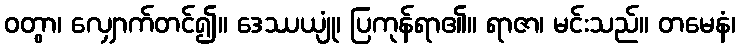
ဝတွာ၊ လျှောက်တင်၍။ ဒေဿယျုံ၊ ပြကုန်ရာ၏။ ရာဇာ၊ မင်းသည်။ တမေနံ၊